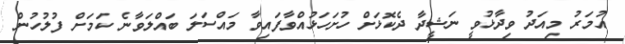
އުމަރު މިއަދު ވިދާޅުވީ ނަޝީދާ ދެކޮޅަށް ހުށަހަޅުއްވާފައިވާ މައްސަލަ ބައްލަވާނެ ކަމަށް ފުލުހުން